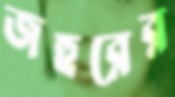
জহুরের